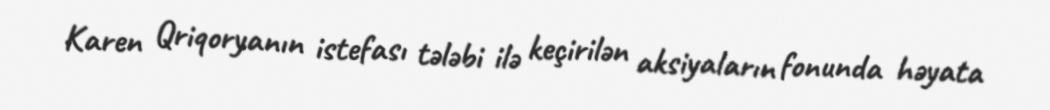
Karen Qriqoryanın istefası tələbi ilə keçirilən aksiyaların fonunda həyata